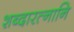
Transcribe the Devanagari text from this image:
शब्दारत्नानि